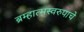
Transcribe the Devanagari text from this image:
ब्रम्हात्मस्वरुपाचे